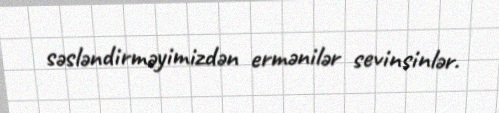
səsləndirməyimizdən ermənilər sevinsinlər.